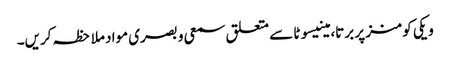
ویکی کومنز پر برتا، مینیسوٹا سے متعلق سمعی و بصری مواد ملاحظہ کریں۔